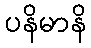
ပနိမာနိ